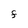
Character: F